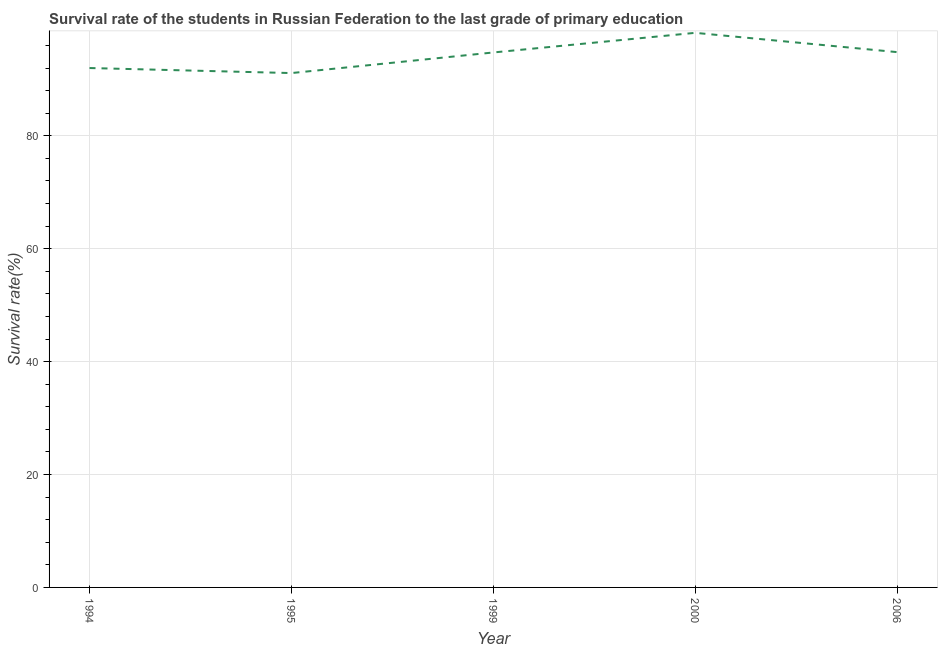
| Year | Primary Education |
 | --- | --- |
 | 1994 | 92 |
 | 1995 | 91.1 |
 | 1999 | 94.8 |
 | 2000 | 98.2 |
 | 2006 | 94.8 |